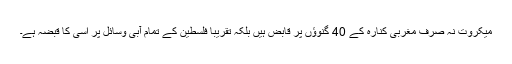
میکروت نہ صرف مغربی کنارہ کے 40 گنوؤں پر قابض ہیں بلکہ تقریباً فلسطین کے تمام آبی وسائل پر اسی کا قبضہ ہے۔